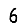
Digit: 6